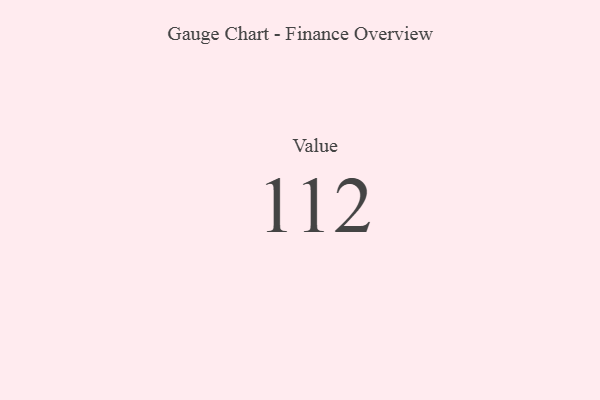
{"axis": {"x": "Metric", "y": "Value"}, "legend": [""], "data": [{"x": "Value", "y": 112, "type": ""}]}